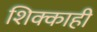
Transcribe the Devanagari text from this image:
शिक्काही